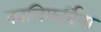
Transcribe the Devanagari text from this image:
कालिफर्निया